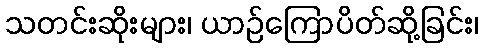
သတင်းဆိုးများ၊ ယာဉ်ကြောပိတ်ဆို့ခြင်း၊